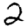
Digit: 2